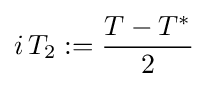
i\,T_{2}:={\frac {T-T^{*}}{2}}